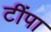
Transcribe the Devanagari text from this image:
टींपा